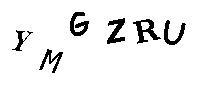
YMGZRU